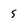
Character: s